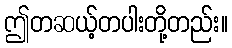
ဤတဆယ့်တပါးတို့တည်း။